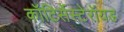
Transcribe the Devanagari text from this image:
कॉटिर्सेस्टेरॉयड